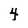
Character: 4